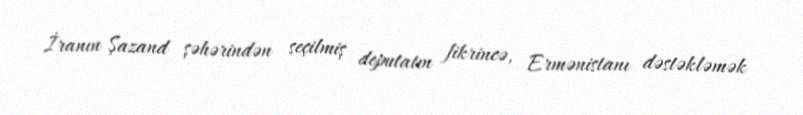
İranın Şazand şəhərindən seçilmiş deputatın fikrincə, Ermənistanı dəstəkləmək